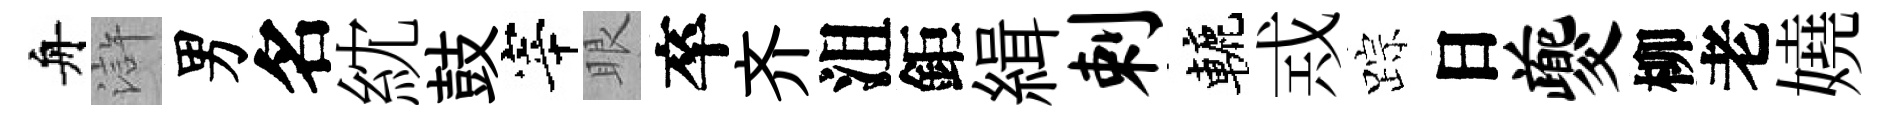
舟滸男名紞鼓宰眼卒齐沮鉅緝剌轆𢦶踪日夔柳老嬈